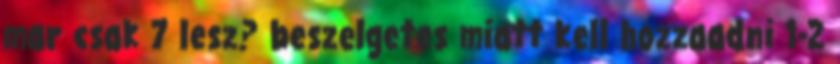
mar csak 7 lesz? beszelgetes miatt kell hozzaadni 1-2